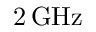
2 \, \mathrm { G H z }